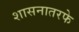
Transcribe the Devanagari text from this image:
शासनातरफे